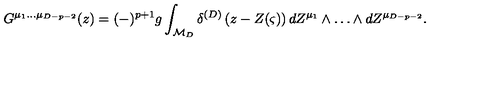
G ^ { \mu _ { 1 } \ldots \mu _ { D - p - 2 } } ( z ) = ( - ) ^ { p + 1 } g \int _ { { \cal M } _ { D } } \delta ^ { ( D ) } \left( z - Z ( \varsigma ) \right) d Z ^ { \mu _ { 1 } } \wedge \ldots \wedge d Z ^ { \mu _ { D - p - 2 } } .